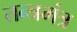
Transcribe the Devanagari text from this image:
तन्त्रमंत्र